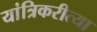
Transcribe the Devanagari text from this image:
यांत्रिकरीत्या